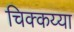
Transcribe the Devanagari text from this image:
चिक्कय्या